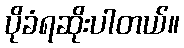
ပိုခံရဆိုးပါတယ်။